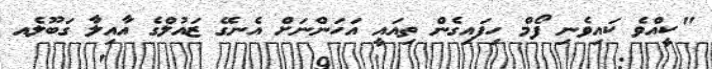
"ކީއްވެ ކައިވެނި ފޯމް ހިފައިގެން ތިއައީ އަހަންނަށް އެނގޭ ޒައުލްގެ އާއިލާ ގަބޫލެއ